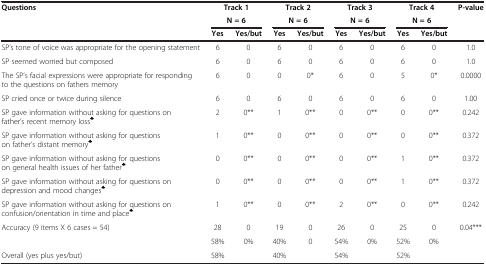
<table><thead><tr><td rowspan="3"><b>Questions</b></td><td colspan="2"><b>Track 1</b></td><td colspan="2"><b>Track 2</b></td><td colspan="2"><b>Track 3</b></td><td colspan="2"><b>Track 4</b></td><td rowspan="2"><b>P-value</b></td></tr><tr><td colspan="2"><b>N = 6</b></td><td colspan="2"><b>N = 6</b></td><td colspan="2"><b>N = 6</b></td><td colspan="2"><b>N = 6</b></td></tr><tr><td><b>Yes</b></td><td><b>Yes/but</b></td><td><b>Yes</b></td><td><b>Yes/but</b></td><td><b>Yes</b></td><td><b>Yes/but</b></td><td><b>Yes</b></td><td><b>Yes/but</b></td><td><b> </b></td></tr></thead><tbody><tr><td>SP’s tone of voice was appropriate for the opening statement</td><td>6</td><td>0</td><td>6</td><td>0</td><td>6</td><td>0</td><td>6</td><td>0</td><td>1.0</td></tr><tr><td>SP seemed worried but composed</td><td>6</td><td>0</td><td>6</td><td>0</td><td>6</td><td>0</td><td>6</td><td>0</td><td>1.0</td></tr><tr><td>The SP’s facial expressions were appropriate for responding to the questions on fathers memory</td><td>6</td><td>0</td><td>0</td><td>0*</td><td>6</td><td>0</td><td>5</td><td>0*</td><td>0.0000</td></tr><tr><td>SP cried once or twice during silence</td><td>6</td><td>0</td><td>6</td><td>0</td><td>6</td><td>0</td><td>6</td><td>0</td><td>1.00</td></tr><tr><td>SP gave information without asking for questions on father’s recent memory loss<sup>♣</sup></td><td>2</td><td>0**</td><td>1</td><td>0**</td><td>0</td><td>0**</td><td>0</td><td>0**</td><td>0.242</td></tr><tr><td>SP gave information without asking for questions on father’s distant memory<sup>♣</sup></td><td>1</td><td>0**</td><td>0</td><td>0**</td><td>0</td><td>0**</td><td>0</td><td>0**</td><td>0.372</td></tr><tr><td>SP gave information without asking for questions on general health issues of her father<sup>♣</sup></td><td>0</td><td>0**</td><td>0</td><td>0**</td><td>0</td><td>0**</td><td>1</td><td>0**</td><td>0.372</td></tr><tr><td>SP gave information without asking for questions on depression and mood changes<sup>♣</sup></td><td>0</td><td>0**</td><td>0</td><td>0**</td><td>0</td><td>0**</td><td>1</td><td>0**</td><td>0.372</td></tr><tr><td>SP gave information without asking for questions on confusion/orientation in time and place<sup>♣</sup></td><td>1</td><td>0**</td><td>0</td><td>0**</td><td>2</td><td>0**</td><td>0</td><td>0**</td><td>0.242</td></tr><tr><td rowspan="2">Accuracy (9 items X 6 cases = 54)</td><td>28</td><td>0</td><td>19</td><td>0</td><td>26</td><td>0</td><td>25</td><td>0</td><td rowspan="3">0.04***</td></tr><tr><td>58%</td><td>0%</td><td>40%</td><td>0</td><td>54%</td><td>0%</td><td>52%</td><td>0%</td></tr><tr><td>Overall (yes plus yes/but)</td><td>58%</td><td> </td><td>40%</td><td> </td><td>54%</td><td> </td><td>52%</td><td> </td></tr></tbody></table>